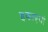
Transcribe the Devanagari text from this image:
इकाएयां